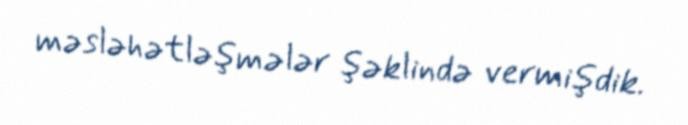
məsləhətləşmələr şəklində vermişdik.